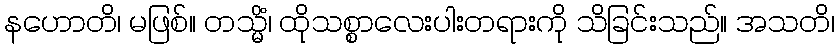
နဟောတိ၊ မဖြစ်။ တသ္မိံ၊ ထိုသစ္စာလေးပါးတရားကို သိခြင်းသည်။ အသတိ၊